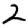
Digit: 2